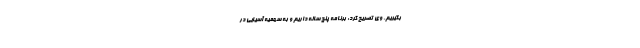
بگیریم. وی تصریح کرد: برنامه پنج ساله داریم و به سهمیه آسیایی در